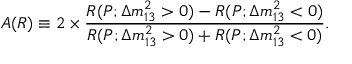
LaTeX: A ( R ) \equiv 2 \times \frac { R ( P ; \Delta m _ { 1 3 } ^ { 2 } > 0 ) - R ( P ; \Delta m _ { 1 3 } ^ { 2 } < 0 ) } { R ( P ; \Delta m _ { 1 3 } ^ { 2 } > 0 ) + R ( P ; \Delta m _ { 1 3 } ^ { 2 } < 0 ) } .